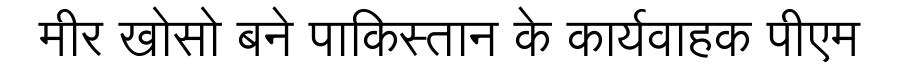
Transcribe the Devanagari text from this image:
मीर खोसो बने पाकिस्तान के कार्यवाहक पीएम